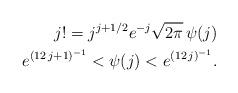
LaTeX: \begin{align*} j!=j^{j+1/2}e^{-j}\sqrt{2\pi}\,\psi(j)\\ e^{(12\,j+1)^{-1}}<\psi(j)<e^{(12\,j)^{-1}}. \end{align*}